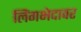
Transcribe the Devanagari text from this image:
लिंगभेदावर